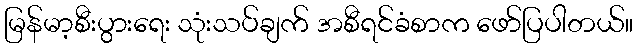
မြန်မာ့စီးပွားရေး သုံးသပ်ချက် အစီရင်ခံစာက ဖော်ပြပါတယ်။